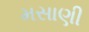
મસાણી